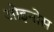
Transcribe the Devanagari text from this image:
ओइनोस